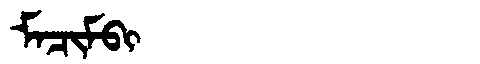
Manchu: ᠮᠠᠴᡳᠮᠪᡳ
Romanization: MACIMBI